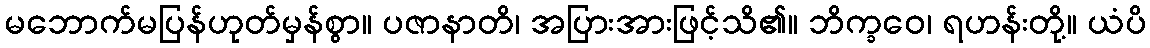
မဘောက်မပြန်ဟုတ်မှန်စွာ။ ပဇာနာတိ၊ အပြားအားဖြင့်သိ၏။ ဘိက္ခဝေ၊ ရဟန်းတို့။ ယံပိ